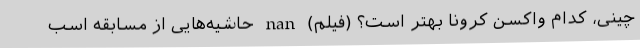
چینی، کدام واکسن کرونا بهتر است؟ (فیلم) nan حاشیه‌هایی از مسابقه اسب